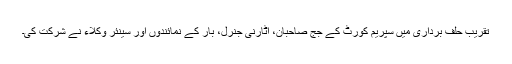
تقریب حلف برداری میں سپریم کورٹ کے جج صاحبان، اٹارنی جنرل، بار کے نمائندوں اور سینئر وکلاء نے شرکت کی۔